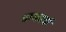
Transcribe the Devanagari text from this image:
धम्मचर्चा